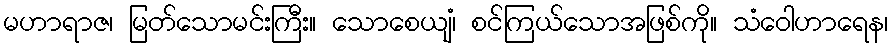
မဟာရာဇ၊ မြတ်သောမင်းကြီး။ သောစေယျံ၊ စင်ကြယ်သောအဖြစ်ကို။ သံဝေါဟာရေန၊